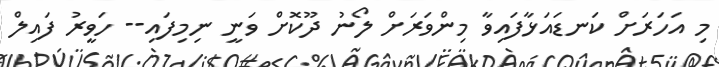
މި އަހަރަށް ކަނޑައަޅާފައިވާ މިންވަރަށް ލޯނު ދޫކޮށް ވަނީ ނިމިފައި-- ހަވީރު ފައިލް